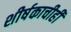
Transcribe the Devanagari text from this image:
शीर्षकाचीही